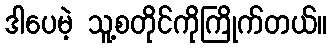
ဒါပေမဲ့ သူ့စတိုင်ကိုကြိုက်တယ်။